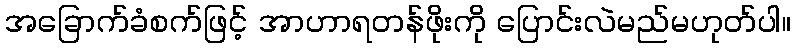
အခြောက်ခံစက်ဖြင့် အာဟာရတန်ဖိုးကို ပြောင်းလဲမည်မဟုတ်ပါ။